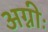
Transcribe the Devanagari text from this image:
अग्नीः